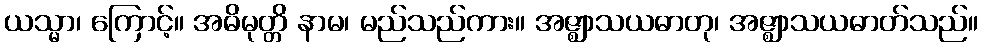
ယသ္မာ၊ ကြောင့်။ အဓိမုတ္တိ နာမ၊ မည်သည်ကား။ အဇ္ဈာသယဓာတု၊ အဇ္ဈာသယဓာတ်သည်။